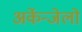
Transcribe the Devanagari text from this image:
अर्केन्जेलो